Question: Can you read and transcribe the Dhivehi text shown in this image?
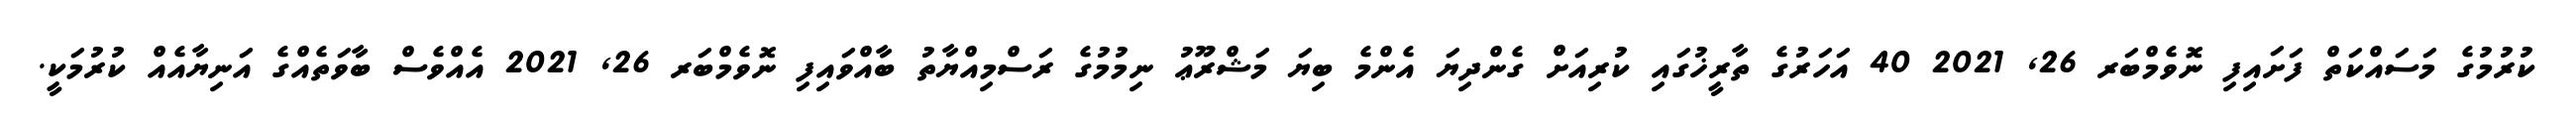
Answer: ކުރުމުގެ މަސައްކަތް ފަށައިފި ނޮވެމްބަރ 26, 2021 40 އަހަރުގެ ތާރީޚުގައި ކުރިއަށް ގެންދިޔަ އެންމެ ބިޔަ މަޝްރޫޢު ނިމުމުގެ ރަސްމިއްޔާތު ބާއްވައިފި ނޮވެމްބަރ 26, 2021 އެއްވެސް ބާވަތެއްގެ އަނިޔާއެއް ކުރުމަކީ.